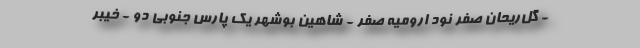
- گل‌ریحان صفر نود ارومیه صفر - شاهین بوشهر یک پارس جنوبی دو - خیبر